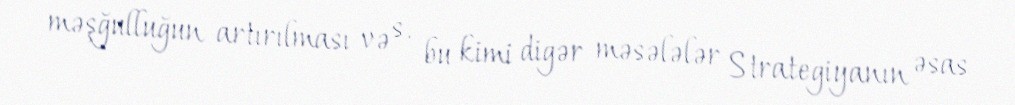
məşğulluğun artırılması və s. bu kimi digər məsələlər Strategiyanın əsas